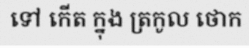
ទៅ កើត ក្នុង ត្រកូល ថោក